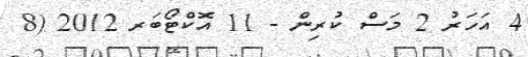
4 އަހަރު 2 މަސް ކުރިން - 11 އޮކްޓޯބަރ 2012 (8